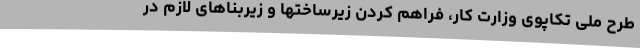
طرح ملی تکاپوی وزارت کار، فراهم کردن زیرساختها و زیربناهای لازم در